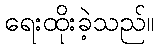
ရေးထိုးခဲ့သည်။